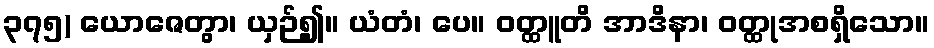
၃၇၅) ယောဇေတွာ၊ ယှဉ်၍။ ယံတံ၊ ပေ။ ဝတ္ထူတိ အာဒိနာ၊ ဝတ္ထုအစရှိသော။